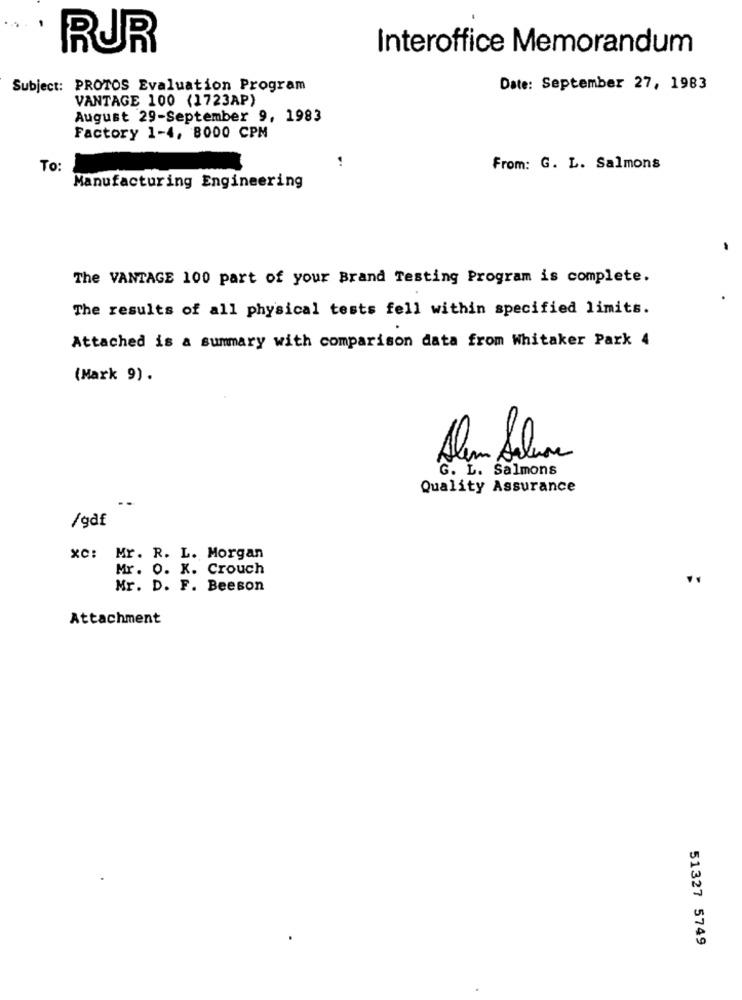
RUR
Interoffice Memorandum
Subject: PROTOS Evaluation Program
Date: September 27, 1983
VANTAGE 100 (1723AP)
August 29-September 9, 1983
Factory 1-4, 8000 CPM
To:
From: G. L. Salmons
Manufacturing Engineering
The VANTAGE 100 part of your Brand Testing Program is complete.
The results of all physical tests fell within specified limits.
Attached is a summary with comparison data from Whitaker Park 4
(Mark 9).
Alm Salire
G. L. Salmons
Quality Assurance
/gdf
xc: Mr. R. L. Morgan
Mr. 0. X. Crouch
Mr. D. F. Beeson
Attachment
51327 5749